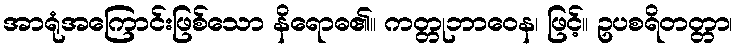
အာရုံအကြောင်းဖြစ်သော နိရောဓ၏။ ကတ္တုဘာဝေန၊ ဖြင့်။ ဥပစရိတတ္တာ၊